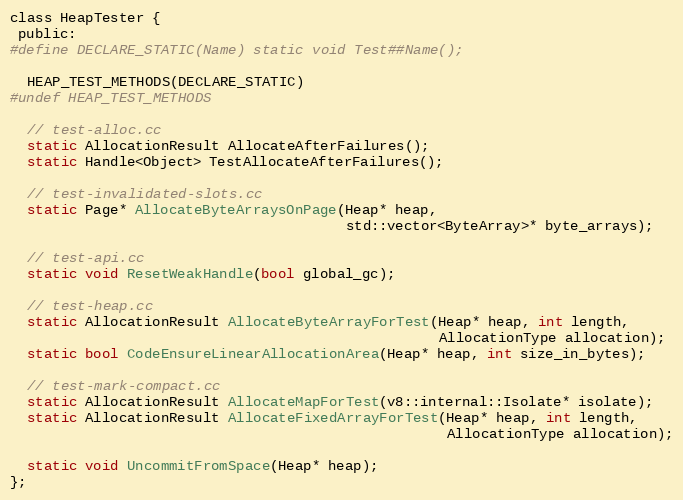
Language: C
class HeapTester {
 public:
#define DECLARE_STATIC(Name) static void Test##Name();

  HEAP_TEST_METHODS(DECLARE_STATIC)
#undef HEAP_TEST_METHODS

  // test-alloc.cc
  static AllocationResult AllocateAfterFailures();
  static Handle<Object> TestAllocateAfterFailures();

  // test-invalidated-slots.cc
  static Page* AllocateByteArraysOnPage(Heap* heap,
                                        std::vector<ByteArray>* byte_arrays);

  // test-api.cc
  static void ResetWeakHandle(bool global_gc);

  // test-heap.cc
  static AllocationResult AllocateByteArrayForTest(Heap* heap, int length,
                                                   AllocationType allocation);
  static bool CodeEnsureLinearAllocationArea(Heap* heap, int size_in_bytes);

  // test-mark-compact.cc
  static AllocationResult AllocateMapForTest(v8::internal::Isolate* isolate);
  static AllocationResult AllocateFixedArrayForTest(Heap* heap, int length,
                                                    AllocationType allocation);

  static void UncommitFromSpace(Heap* heap);
};